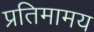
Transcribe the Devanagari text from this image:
प्रतिमामय